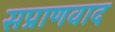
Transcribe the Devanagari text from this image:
सप्राणवाद